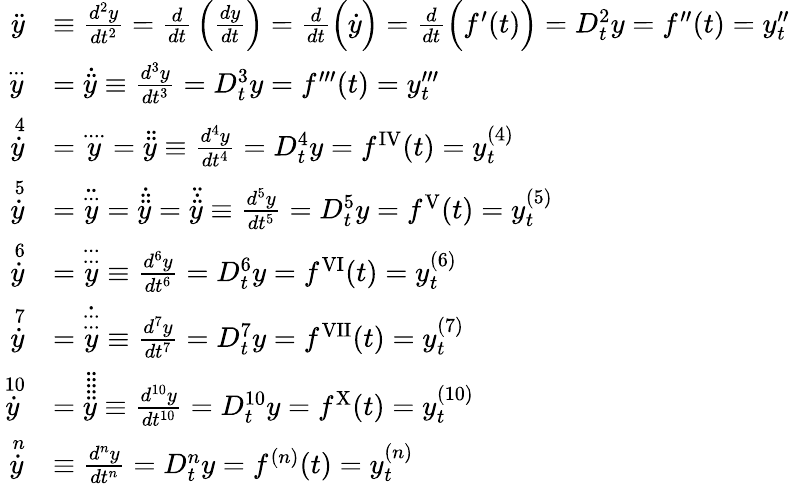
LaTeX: {\begin{array}{rl}{{\ddot{y}}}&{\equiv{\frac{d^{2}y}{dt^{2}}}={\frac{d}{dt}}\left({\frac{dy}{dt}}\right)={\frac{d}{dt}}{\Bigl(}{\dot{y}}{\Bigr)}={\frac{d}{dt}}{\Bigl(}f^{\prime}(t){\Bigr)}=D_{t}^{2}y=f^{\prime\prime}(t)=y_{t}^{\prime\prime}}\\ {{\overset{...}{y}}}&{={\dot{\ddot{y}}}\equiv{\frac{d^{3}y}{dt^{3}}}=D_{t}^{3}y=f^{\prime\prime\prime}(t)=y_{t}^{\prime\prime\prime}}\\ {{\overset{\, 4}{\dot{y}}}}&{={\overset{....}{y}}={\ddot{\ddot{y}}}\equiv{\frac{d^{4}y}{dt^{4}}}=D_{t}^{4}y=f^{\mathrm{{IV}}}(t)=y_{t}^{(4)}}\\ {{\overset{\, 5}{\dot{y}}}}&{={\ddot{\overset{...}{y}}}={\dot{\ddot{\ddot{y}}}}={\ddot{\dot{\ddot{y}}}}\equiv{\frac{d^{5}y}{dt^{5}}}=D_{t}^{5}y=f^{\mathrm{{V}}}(t)=y_{t}^{(5)}}\\ {{\overset{\, 6}{\dot{y}}}}&{={\overset{...}{\overset{...}{y}}}\equiv{\frac{d^{6}y}{dt^{6}}}=D_{t}^{6}y=f^{\mathrm{{VI}}}(t)=y_{t}^{(6)}}\\ {{\overset{\, 7}{\dot{y}}}}&{={\dot{\overset{...}{\overset{...}{y}}}}\equiv{\frac{d^{7}y}{dt^{7}}}=D_{t}^{7}y=f^{\mathrm{{VII}}}(t)=y_{t}^{(7)}}\\ {{\overset{\, 10}{\dot{y}}}}&{={\ddot{\ddot{\ddot{\ddot{\ddot{y}}}}}}\equiv{\frac{d^{10}y}{dt^{10}}}=D_{t}^{10}y=f^{\mathrm{{X}}}(t)=y_{t}^{(10)}}\\ {{\overset{\, n}{\dot{y}}}}&{\equiv{\frac{d^{n}y}{dt^{n}}}=D_{t}^{n}y=f^{(n)}(t)=y_{t}^{(n)}}\end{array}}